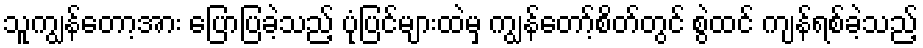
သူကျွန်တော့အား ပြောပြခဲ့သည့် ပုံပြင်များထဲမှ ကျွန်တော့်စိတ်တွင် စွဲထင် ကျန်ရစ်ခဲ့သည့်